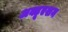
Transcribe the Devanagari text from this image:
अक्टूएशन